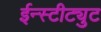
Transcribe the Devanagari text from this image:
ईन्स्टीट्युट